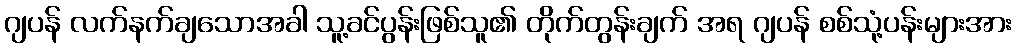
ဂျပန် လက်နက်ချသောအခါ သူ့ခင်ပွန်းဖြစ်သူ၏ တိုက်တွန်းချက် အရ ဂျပန် စစ်သုံ့ပန်းများအား